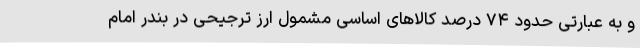
و به عبارتی حدود ۷۴ درصد کالاهای اساسی مشمول ارز ترجیحی در بندر امام